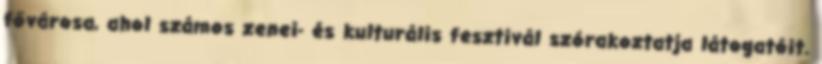
fővárosa, ahol számos zenei- és kulturális fesztivál szórakoztatja látogatóit.